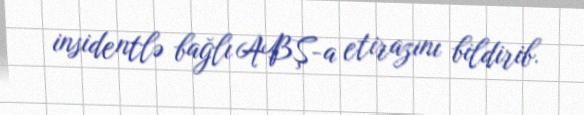
insidentlə bağlı ABŞ-a etirazını bildirib.